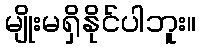
မျိုးမရှိနိုင်ပါဘူး။